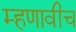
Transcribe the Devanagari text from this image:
म्हणावीच